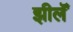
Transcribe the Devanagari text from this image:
झीलॆं